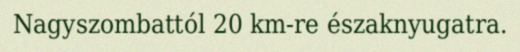
Nagyszombattól 20 km-re északnyugatra.